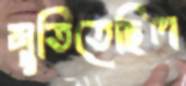
মুতিতেছিল